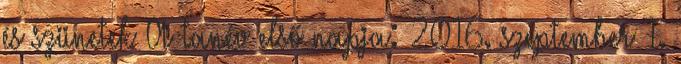
és szünetek A tanév első napja: 2016. szeptember 1.